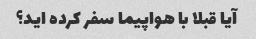
آیا قبلا با هواپیما سفر کرده اید؟